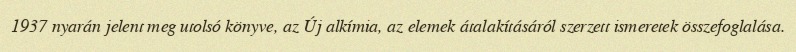
1937 nyarán jelent meg utolsó könyve, az Új alkímia, az elemek átalakításáról szerzett ismeretek összefoglalása.